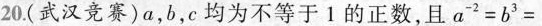
20.(武汉竞赛)a，b，c均为不等于1的正数，且$$ a ^ { -2 } = b ^ { 3 } =